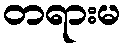
တရားမ